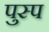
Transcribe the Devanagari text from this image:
पुस्प